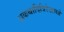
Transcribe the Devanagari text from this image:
अकथादित्रिरेखाब्जे